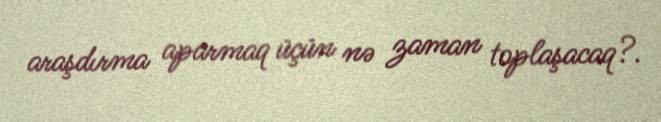
araşdırma aparmaq üçün nə zaman toplaşacaq?.